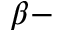
\beta -